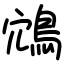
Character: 鴧